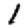
Digit: 1